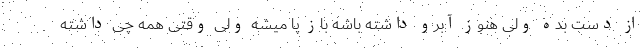
از دست بده ولی هنوز آبرو داشته باشه باز پا میشه ولی وقتی همه چی داشته